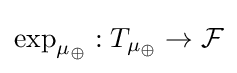
\exp _{\mu _{\oplus }}:T_{\mu _{\oplus }}\to {\mathcal {F}}